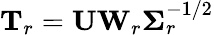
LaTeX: \mathbf{T}_{r}=\mathbf{U}\mathbf{W}_{r}\boldsymbol{\Sigma}_{r}^{-1/2}